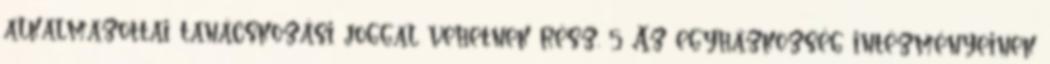
alkalmazottai tanácskozási joggal vehetnek rész. 5 Az egyházközség intézményeinek